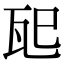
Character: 𪼶